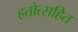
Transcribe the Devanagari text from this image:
हतोत्सहित